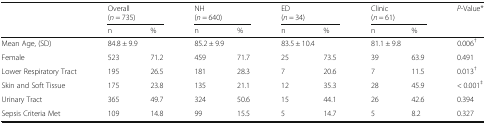
<table><thead><tr><td rowspan="2"></td><td colspan="2"><b>Overall(<i>n</i> = 735)</b></td><td colspan="2"><b>NH(<i>n</i> = 640)</b></td><td colspan="2"><b>ED(<i>n</i> = 34)</b></td><td colspan="2"><b>Clinic(<i>n</i> = 61)</b></td><td><b><i>P</i>-Value*</b></td></tr><tr><td><b>n</b></td><td><b>%</b></td><td><b>n</b></td><td><b>%</b></td><td><b>n</b></td><td><b>%</b></td><td><b>n</b></td><td><b>%</b></td><td></td></tr></thead><tbody><tr><td>Mean Age, (SD)</td><td colspan="2">84.8 ± 9.9</td><td colspan="2">85.2 ± 9.9</td><td colspan="2">83.5 ± 10.4</td><td colspan="2">81.1 ± 9.8</td><td>0.006<sup>†</sup></td></tr><tr><td>Female</td><td>523</td><td>71.2</td><td>459</td><td>71.7</td><td>25</td><td>73.5</td><td>39</td><td>63.9</td><td>0.491</td></tr><tr><td>Lower Respiratory Tract</td><td>195</td><td>26.5</td><td>181</td><td>28.3</td><td>7</td><td>20.6</td><td>7</td><td>11.5</td><td>0.013<sup>†</sup></td></tr><tr><td>Skin and Soft Tissue</td><td>175</td><td>23.8</td><td>135</td><td>21.1</td><td>12</td><td>35.3</td><td>28</td><td>45.9</td><td>&lt; 0.001<sup>‡</sup></td></tr><tr><td>Urinary Tract</td><td>365</td><td>49.7</td><td>324</td><td>50.6</td><td>15</td><td>44.1</td><td>26</td><td>42.6</td><td>0.394</td></tr><tr><td>Sepsis Criteria Met</td><td>109</td><td>14.8</td><td>99</td><td>15.5</td><td>5</td><td>14.7</td><td>5</td><td>8.2</td><td>0.327</td></tr></tbody></table>